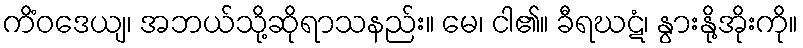
ကိံဝဒေယျ၊ အဘယ်သို့ဆိုရာသနည်း။ မေ၊ ငါ၏။ ခီရဃဋံ၊ နွားနို့အိုးကို။